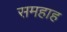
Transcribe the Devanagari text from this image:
समहाह